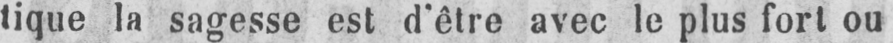
tique la sagesse est d’être avec le plus fort ou